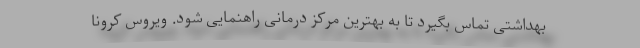
بهداشتی تماس بگیرد تا به بهترین مرکز درمانی راهنمایی شود. ویروس کرونا